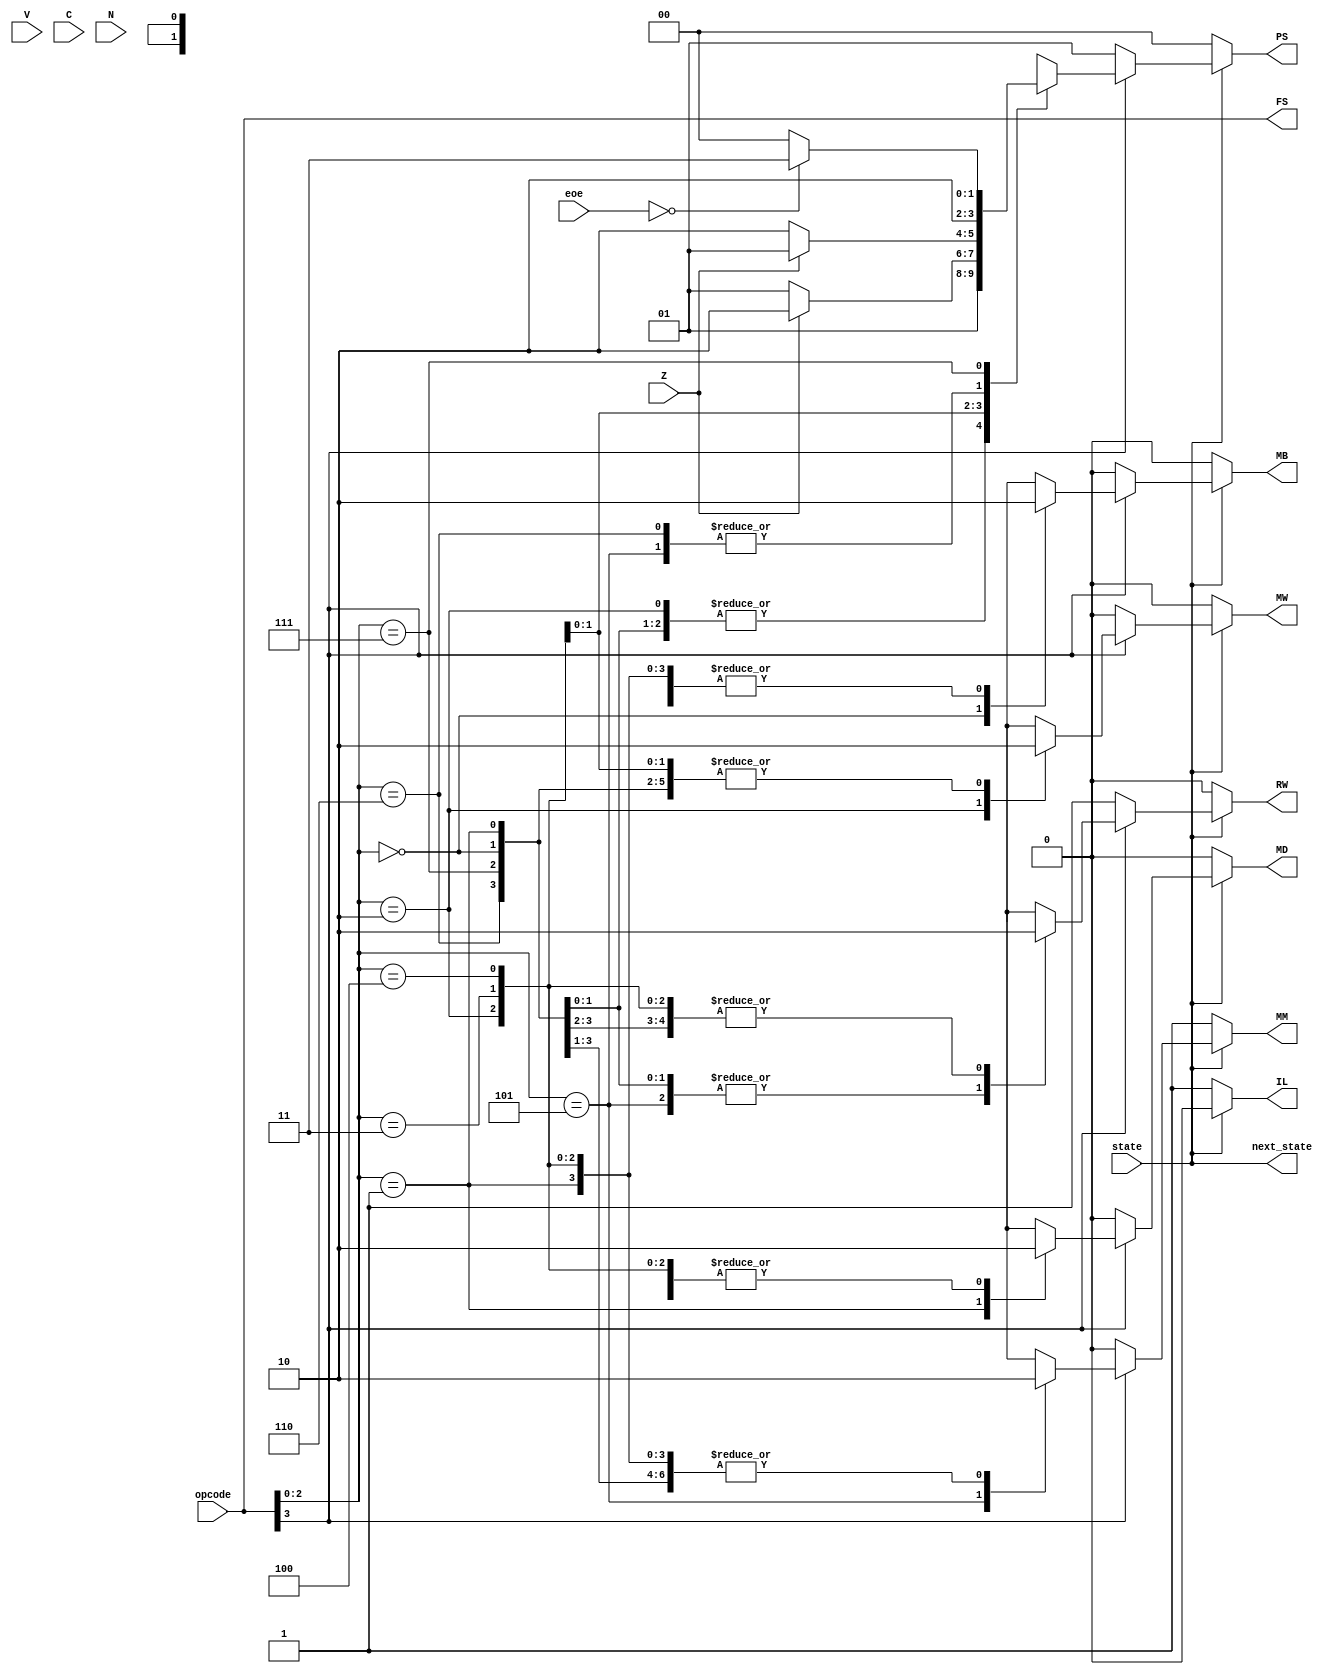
`timescale 1ns/1ps

module control_logic (
    input state, 
    input V, C, N, Z, // zero from ALU
    input [3:0] opcode,
    input [3:0] eoe, // pseudo end of execution
    output reg next_state,
    output reg [3:0] FS,
    output reg [1:0] PS,
    output reg IL, 
    output reg MB, 
    output reg MD, 
    output reg RW, 
    output reg MM, 
    output reg MW
);

always @(*) 
    begin
        next_state <= state;
        FS <= opcode;
        if (state == 1'b0) // INF
            begin
                IL <= 1'b1;
                PS <= 2'b00;
                MB <= 1'b0;
                MD <= 1'b0;
                RW <= 1'b0;
                MM <= 1'b1;
                MW <= 1'b0;
                MW <= 1'b0;
            end
        else if (state == 1'b1) // EX0
            begin
                IL <= 1'b0;
                if (FS[3] == 1'b0) // ADD through SRA - ALU Microoperations
                    begin
                        PS <= 2'b01;
                        MB <= 1'b0;
                        MD <= 1'b0;
                        RW <= 1'b1;
                        MM <= 1'b0;
                        MW <= 1'b0;
                    end
                else if (FS[3] == 1'b1)
                    begin
                        case (FS[2:0])
                            3'b000: // LI - load immediate
                                begin
                                    PS <= 2'b01;
                                    MB <= 1'b1;
                                    MD <= 1'b0;
                                    RW <= 1'b1;
                                    MM <= 1'b0;
                                    MW <= 1'b0;
                                end
                            3'b001: // LW - load word - memory
                                begin
                                    PS <= 2'b01;
                                    MB <= 1'b0;
                                    MD <= 1'b1;
                                    RW <= 1'b1;
                                    MM <= 1'b0;
                                    MW <= 1'b0;
                                end
                            3'b010: // SW - store word
                                begin
                                    PS <= 2'b01;
                                    MB <= 1'b0;
                                    MD <= 1'b0;
                                    RW <= 1'b0;
                                    MM <= 1'b0;
                                    MW <= 1'b1;
                                end
                            3'b011: // BIZ - branch if zero
                                begin
                                    PS <= Z ? 2'b10 : 2'b01;
                                    MB <= 1'b0;
                                    MD <= 1'b0;
                                    RW <= 1'b0;
                                    MM <= 1'b0;
                                    MW <= 1'b0;
                                end
                            3'b100: // BNZ - branch if not zero
                                begin
                                    PS <= Z ? 2'b01 : 2'b10;
                                    MB <= 1'b0;
                                    MD <= 1'b0;
                                    RW <= 1'b0;
                                    MM <= 1'b0;
                                    MW <= 1'b0;
                                end
                            3'b101: // JAL - jump and link
                                begin 
                                    PS <= 2'b10;
                                    MB <= 1'b0;
                                    MD <= 1'b0;
                                    RW <= 1'b1;
                                    MM <= 1'b1;
                                    MW <= 1'b0;
                                end
                            3'b110: // JMP - jump
                                begin
                                    PS <= 2'b10;
                                    MB <= 1'b0;
                                    MD <= 1'b0;
                                    RW <= 1'b0;
                                    MM <= 1'b0;
                                    MW <= 1'b0;
                                end
                            3'b111: // JR - jump return
                                begin
                                    if (eoe == 4'b0000)
                                        begin
                                            PS <= 2'b11;
                                            MB <= 1'b0;
                                            MD <= 1'b0;
                                            RW <= 1'b0;
                                            MM <= 1'b0;
                                            MW <= 1'b0;
                                        end
                                    else if (eoe == 4'b1111) // end of execution signal
                                        begin
                                            PS <= 2'b00;
                                            MB <= 1'b0;
                                            MD <= 1'b0;
                                            RW <= 1'b0;
                                            MM <= 1'b0;
                                            MW <= 1'b0;
                                        end
                                    else
                                        PS <= 2'b00;
                                        MB <= 1'b0;
                                        MD <= 1'b0;
                                        RW <= 1'b0;
                                        MM <= 1'b0;
                                        MW <= 1'b0;
                                end
                            default:
                                begin
                                    PS <= 2'b00;
                                    MB <= 1'b0;
                                    MD <= 1'b0;
                                    RW <= 1'b0;
                                    MM <= 1'b0;
                                    MW <= 1'b0;
                                end
                        endcase
                    end
                else
                    begin
                        PS <= 2'b00;
                        MB <= 1'b0;
                        MD <= 1'b0;
                        RW <= 1'b0;
                        MM <= 1'b0;
                        MW <= 1'b0;
                    end
            end
        else
            begin
                IL <= 1'b0;
                PS <= 2'b00;
                MB <= 1'b0;
                MD <= 1'b0;
                RW <= 1'b0;
                MM <= 1'b0;
                MW <= 1'b0;
            end
    end
endmodule